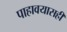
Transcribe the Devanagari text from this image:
पाहावयासही